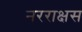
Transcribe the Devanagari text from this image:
नरराक्षस